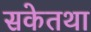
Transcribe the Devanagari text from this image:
सकेतथा